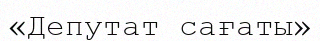
«Депутат сағаты»